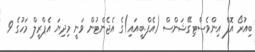
ބިއުރޯ އޮފް އިންވެސްޓިގޭޝަންސް (އެފް.ބީ.އައި)ގެ އެޖެންޓުން ވަނީ މިދިޔަ އެޕްރީލް މަހުގެ 9